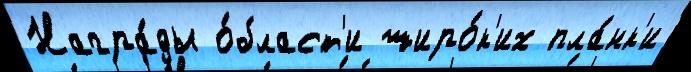
Награ́ды о́бласт'и широ́к'их пла́нк'и